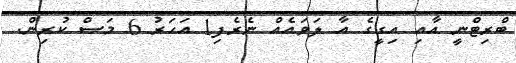
ބްރިޓްނީ އާއި އިގީގެ އާ ލަވައެއް ނެރެފި1 އަހަރު 6 މަސް ކުރިން.